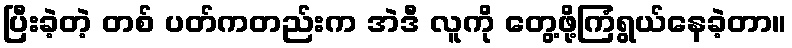
ပြီးခဲ့တဲ့ တစ် ပတ်ကတည်းက အဲဒီ လူကို တွေ့ဖို့ကြံရွယ်နေခဲ့တာ။